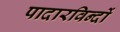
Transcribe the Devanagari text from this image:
पादारविन्दों